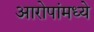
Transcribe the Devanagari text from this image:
आरोपांमध्ये